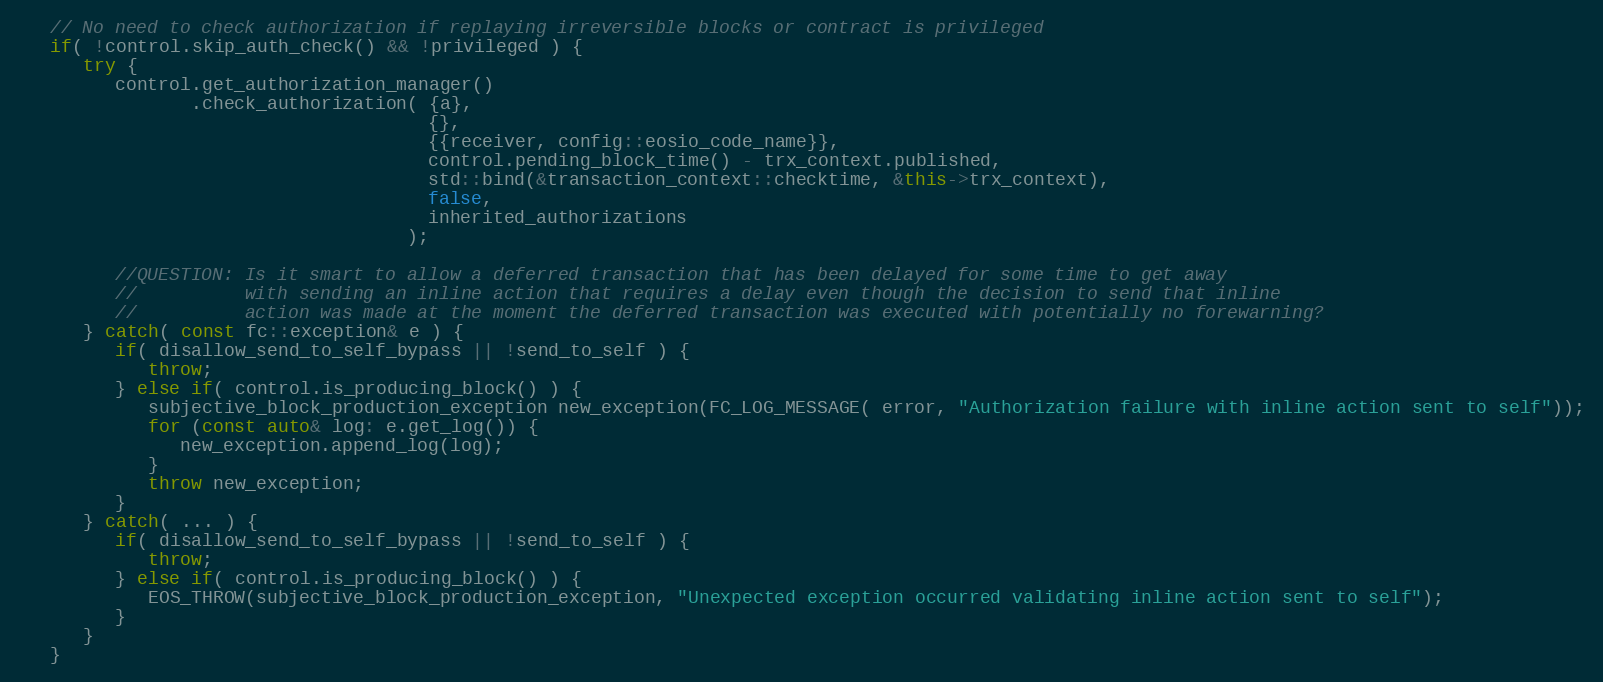
Language: C++
   // No need to check authorization if replaying irreversible blocks or contract is privileged
   if( !control.skip_auth_check() && !privileged ) {
      try {
         control.get_authorization_manager()
                .check_authorization( {a},
                                      {},
                                      {{receiver, config::eosio_code_name}},
                                      control.pending_block_time() - trx_context.published,
                                      std::bind(&transaction_context::checktime, &this->trx_context),
                                      false,
                                      inherited_authorizations
                                    );

         //QUESTION: Is it smart to allow a deferred transaction that has been delayed for some time to get away
         //          with sending an inline action that requires a delay even though the decision to send that inline
         //          action was made at the moment the deferred transaction was executed with potentially no forewarning?
      } catch( const fc::exception& e ) {
         if( disallow_send_to_self_bypass || !send_to_self ) {
            throw;
         } else if( control.is_producing_block() ) {
            subjective_block_production_exception new_exception(FC_LOG_MESSAGE( error, "Authorization failure with inline action sent to self"));
            for (const auto& log: e.get_log()) {
               new_exception.append_log(log);
            }
            throw new_exception;
         }
      } catch( ... ) {
         if( disallow_send_to_self_bypass || !send_to_self ) {
            throw;
         } else if( control.is_producing_block() ) {
            EOS_THROW(subjective_block_production_exception, "Unexpected exception occurred validating inline action sent to self");
         }
      }
   }